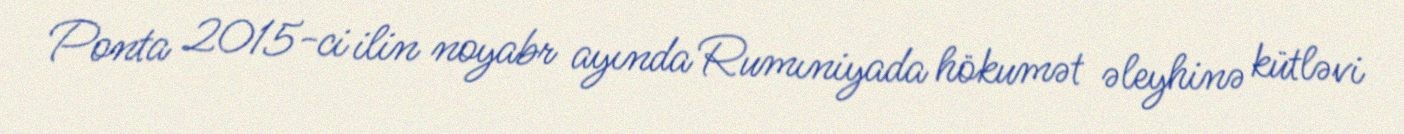
Ponta 2015-ci ilin noyabr ayında Rumıniyada hökumət əleyhinə kütləvi